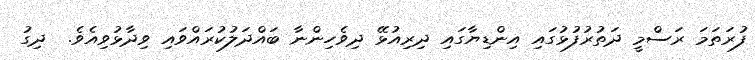
ފުރަތަމަ ރަސްމީ ދަތުރުފުޅުގައި އިންޑިޔާގައި ދިރިއުޅޭ ދިވެހިންނާ ބައްދަލުކުރައްވައި ވިދާޅުވިއެވެ.  ދިގު